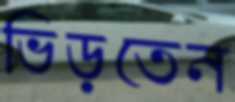
ভিড়তেন